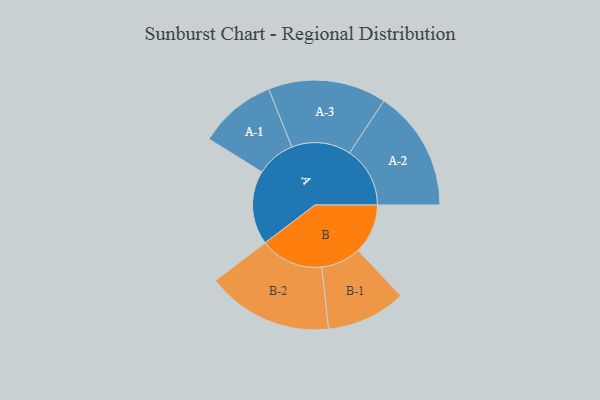
{"axis": {"x": "Segment", "y": "Value"}, "legend": ["", "A", "B"], "data": [{"x": "A", "y": 325, "type": ""}, {"x": "B", "y": 219, "type": ""}, {"x": "A-1", "y": 171, "type": "A"}, {"x": "A-2", "y": 266, "type": "A"}, {"x": "A-3", "y": 260, "type": "A"}, {"x": "B-1", "y": 175, "type": "B"}, {"x": "B-2", "y": 278, "type": "B"}]}